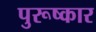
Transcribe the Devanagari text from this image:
पुरूष्कार